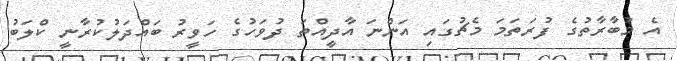
އެ މުބާރާތުގެ ފުރަތަމަ މެޗުގައި އަންނަ އާދީއްތަ ދުވަހުގެ ހަވީރު ބައްދަލުކުރާނީ ކްލަބު